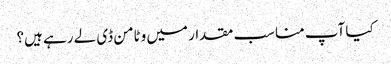
کیا آپ مناسب مقدار میں وٹامن ڈی لے رہے ہیں؟